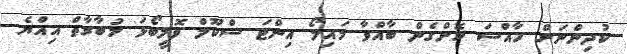
ކުދިންނަށް ހާއްސަ ކޮށްގެން ބާއްވާ މައިލޯ އިންޓަ ސްކޫލް ވޮލީބޯޅަ މުބާރާތް އިއްޔެ